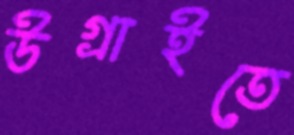
উগ্‌রাইতে